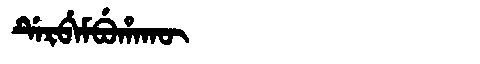
Manchu: ᡩᡝᡵᠪᡝᠮᠪᡠᡥᠠᡴᡡ
Romanization: DERBEMBUHAKŪ